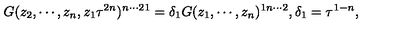
G ( z _ { 2 } , \cdots , z _ { n } , z _ { 1 } \tau ^ { 2 n } ) ^ { n \cdots 2 1 } = \delta _ { 1 } G ( z _ { 1 } , \cdots , z _ { n } ) ^ { 1 n \cdots 2 } , \delta _ { 1 } = \tau ^ { 1 - n } ,